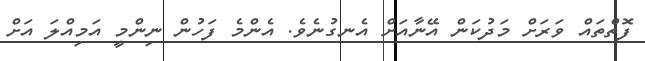
ފޮތްތައް ވަރަށް މަދުކަން އޭނާއަށް އެނގުނެވެ. އެންމެ ފަހުން ނިންމީ އަމިއްލަ އަށް